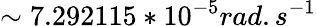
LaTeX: \sim 7.292115*10^{-5}rad.s^{-1}